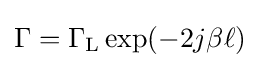
\Gamma =\Gamma _{\text{L}}\exp(-2j\beta \ell )